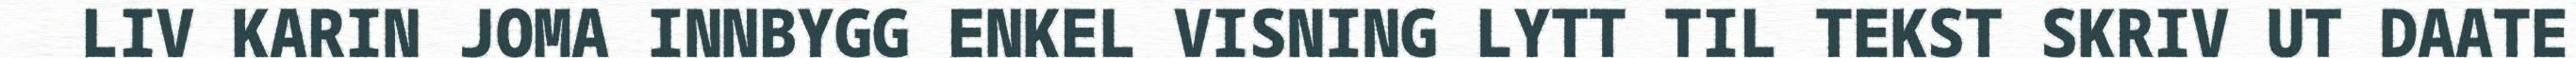
LIV KARIN JOMA INNBYGG ENKEL VISNING LYTT TIL TEKST SKRIV UT DAATE